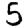
Digit: 5